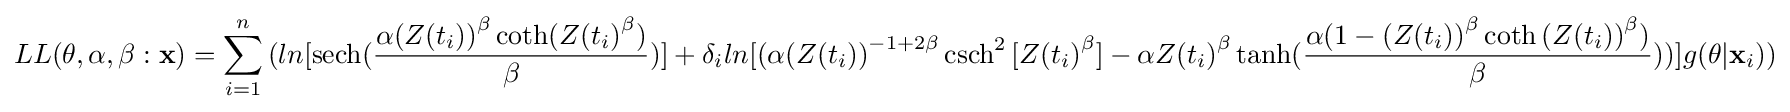
LL(\mathbf {\theta } ,\alpha ,\beta :{\mathbf {x} })=\sum _{i=1}^{n}{(ln{[\operatorname {sech} ({\frac {\alpha {(Z(t_{i}))}^{\beta }\operatorname {coth} ({Z(t_{i})}^{\beta })}{\beta }})]}+\delta _{i}ln{[(\alpha {(Z(t_{i}))}^{-1+2\beta }\operatorname {csch} ^{2}{[{Z(t_{i})}^{\beta }]}-\alpha {Z(t_{i})}^{\beta }\operatorname {tanh} ({\frac {\alpha (1-{(Z(t_{i}))}^{\beta }\operatorname {coth} {(Z(t_{i}))}^{\beta })}{\beta }}))]}g(\mathbf {\theta } |\mathbf {x} _{i}))}